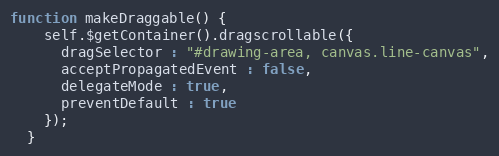
Language: JavaScript
function makeDraggable() {
    self.$getContainer().dragscrollable({
      dragSelector : "#drawing-area, canvas.line-canvas",
      acceptPropagatedEvent : false,
      delegateMode : true,
      preventDefault : true
    });
  }